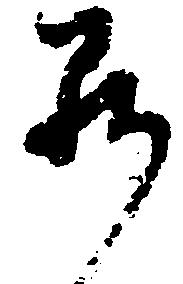
罷